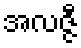
အလဇ္ဇီ